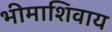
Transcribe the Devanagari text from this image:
भीमाशिवाय